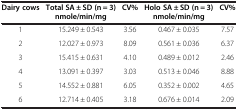
| Dairy cows | Total SA ± SD (n = 3) nmole/min/mg | CV% | Holo SA ± SD (n = 3) nmole/min/mg | CV% |
 | --- | --- | --- | --- | --- |
 | 1 | 15.249 ± 0.543 | 3.56 | 0.467 ± 0.035 | 7.57 |
 | 2 | 12.027 ± 0.973 | 8.09 | 0.561 ± 0.036 | 6.37 |
 | 3 | 15.415 ± 0.631 | 4.10 | 0.489 ± 0.012 | 2.46 |
 | 4 | 13.091 ± 0.397 | 3.03 | 0.513 ± 0.046 | 8.88 |
 | 5 | 14.552 ± 0.881 | 6.05 | 0.352 ± 0.002 | 4.65 |
 | 6 | 12.714 ± 0.405 | 3.18 | 0.676 ± 0.014 | 2.09 |